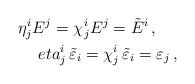
\begin{align*}\eta ^i_jE^j=\chi ^i_jE^j=\tilde{E}^i\,,\ \ \ \ \\eta ^i_j\,\tilde{\varepsilon}_i=\chi ^i_j\,\tilde{\varepsilon}_i=\varepsilon _j\,, \end{align*}